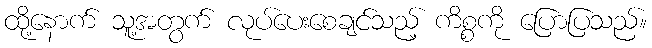
ထို့နောက် သူ့အတွက် လုပ်ပေးစေချင်သည့် ကိစ္စကို ပြောပြသည်။